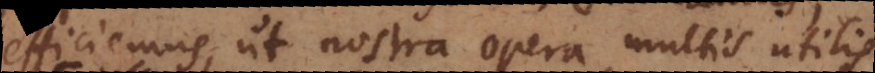
efficiemus, ut nostra opera multis utilis